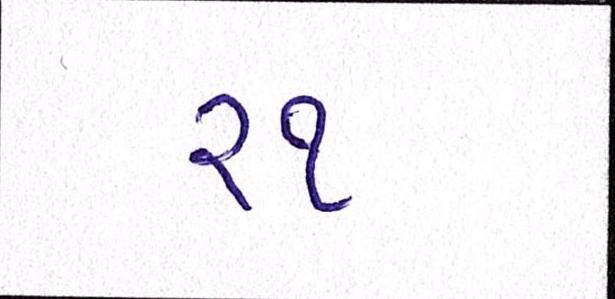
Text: ૨૧